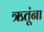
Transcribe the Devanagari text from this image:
ऋतूंना